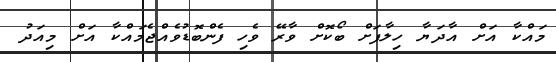
މައްކާ އަށް އާދަޔާ ހިލާފަށް ބޯކޮށް ވާރޭ ވެހި ފެންބޮޑުވެއްޖެމައްކާ އަށް މިއަދު